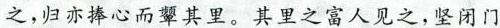
之，归亦捧心而颦其里。其里之富人见之，坚闭门